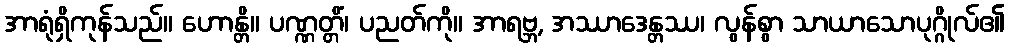
အာရုံရှိကုန်သည်။ ဟောန္တိ။ ပဏ္ဏတ္တိံ၊ ပညတ်ကို။ အာရဗ္ဘ, အဿာဒေန္တဿ၊ လွန်စွာ သာယာသောပုဂ္ဂိုလ်၏